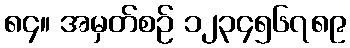
၈၄။ အမှတ်စဉ် ၁၂၃၄၅၆၇၈၉